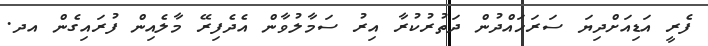
ފެރީ އަޑިއަށްދިޔަ ސަރަހައްދުން ދަތުރުކުރާ އިރު ސަމާލުވާން އެދެފިރޭ މާލެއިން ފުރައިގެން އދ.